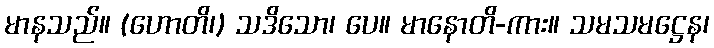
မာနသည်။ (ဟောတိ၊) သဒိသော၊ ပေ။ မာနောတိ-ကား။ သမသမဋ္ဌေန၊